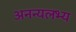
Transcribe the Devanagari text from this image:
अनन्यलभ्य